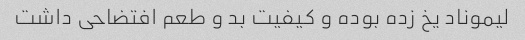
لیموناد یخ زده بوده و کیفیت بد و طعم افتضاحی داشت